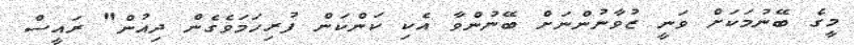
މީގެ ބޭނުމަކަށް ވަނީ ޒުވާނުންނަށް ބޭނުންވާ އެކި ކަންކަން ފުރިހަމަވެގެން ދިއުން" ރައީސް